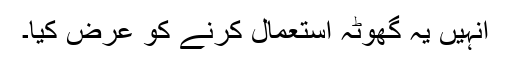
انہیں یہ گھوٹہ استعمال کرنے کو عرض کیا۔